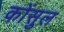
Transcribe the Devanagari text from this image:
कोंसुल